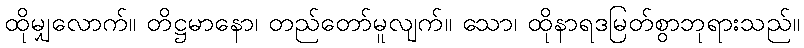
ထိုမျှလောက်။ တိဋ္ဌမာနော၊ တည်တော်မူလျက်။ သော၊ ထိုနာရဒမြတ်စွာဘုရားသည်။